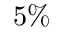
5 \%